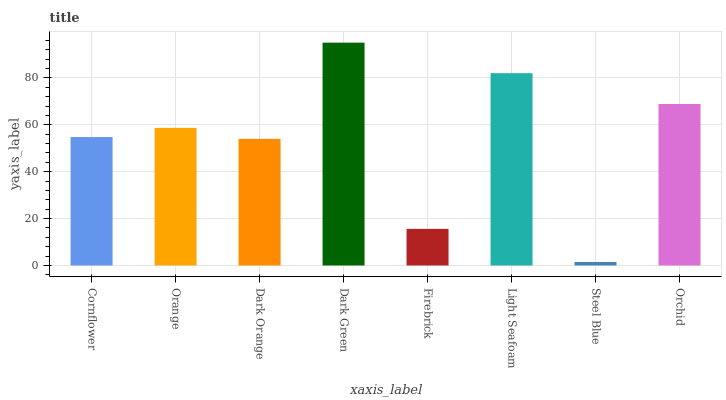
| xaxis_label | bars |
 | --- | --- |
 | Cornflower | 54.8 |
 | Orange | 58.7 |
 | Dark Orange | 54 |
 | Dark Green | 95 |
 | Firebrick | 15.6 |
 | Light Seafoam | 82 |
 | Steel Blue | 1.5 |
 | Orchid | 68.9 |